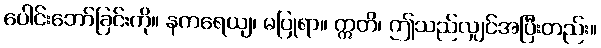
ပေါင်းဘော်ခြင်းကို။ နကရေယျ၊ မပြုရာ။ ဣတိ၊ ဤသည်လျှင်အပြီးတည်း။